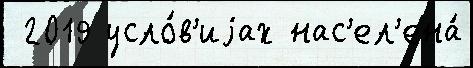
 2019 усло́в'иjах нас'ел'ена́